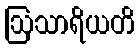
ဩသာရိယတိ